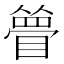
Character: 𥊃